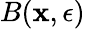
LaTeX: B(\mathbf{x},\epsilon)